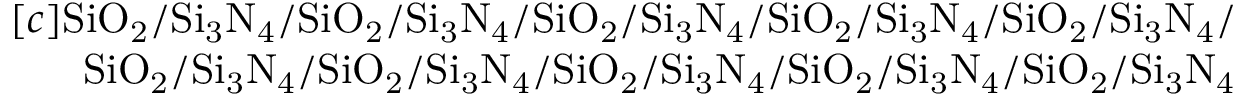
\begin{array} { r } { [ c ] \mathrm { S i O _ { 2 } / S i _ { 3 } N _ { 4 } / S i O _ { 2 } / S i _ { 3 } N _ { 4 } / S i O _ { 2 } / S i _ { 3 } N _ { 4 } / S i O _ { 2 } / S i _ { 3 } N _ { 4 } / S i O _ { 2 } / S i _ { 3 } N _ { 4 } / } } \\ { \mathrm { S i O _ { 2 } / S i _ { 3 } N _ { 4 } / S i O _ { 2 } / S i _ { 3 } N _ { 4 } / S i O _ { 2 } / S i _ { 3 } N _ { 4 } / S i O _ { 2 } / S i _ { 3 } N _ { 4 } / S i O _ { 2 } / S i _ { 3 } N _ { 4 } } } \end{array}